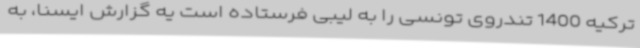
ترکیه 1400 تندروی تونسی را به لیبی فرستاده است یه گزارش ایسنا، به